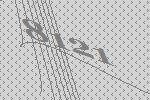
8121